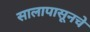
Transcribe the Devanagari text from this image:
सालापासूनचे